Tezpur Lunatic Asylum reports 1877-1894 - 1877-1894
Year: 1877
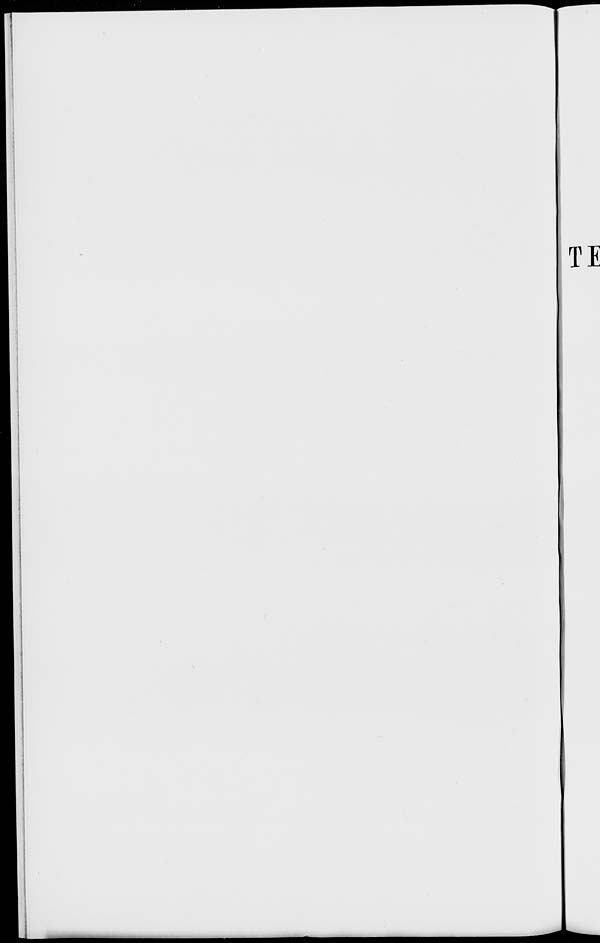
TE